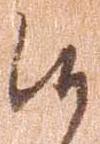
候